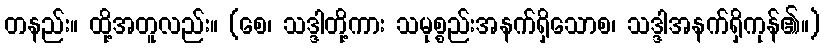
တနည်း။ ထို့အတူလည်း။ (စေ၊ သဒ္ဒါတို့ကား သမုစ္စည်းအနက်ရှိသောစ၊ သဒ္ဒါအနက်ရှိကုန်၏။)